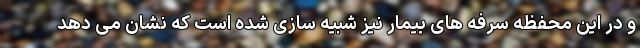
و در این محفظه سرفه های بیمار نیز شبیه سازی شده است که نشان می دهد